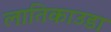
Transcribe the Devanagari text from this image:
लातिकाउडा